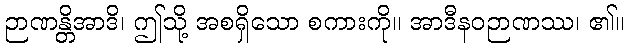
ဉာဏန္တိအာဒိ၊ ဤသို့ အစရှိသော စကားကို။ အာဒီနဝဉာဏဿ၊ ၏။